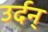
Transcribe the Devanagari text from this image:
उर्दन्